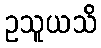
ဥသူယသိ